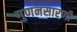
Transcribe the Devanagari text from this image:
गुणनसारणी